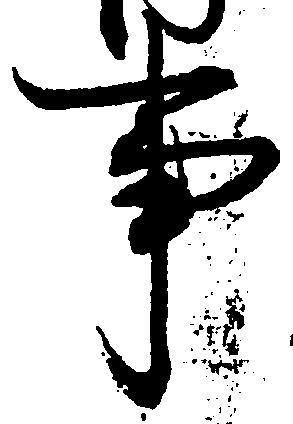
事